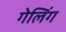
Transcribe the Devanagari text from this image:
गेलिंग